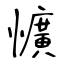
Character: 懭